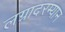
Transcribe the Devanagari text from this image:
लग्नादरम्यान